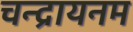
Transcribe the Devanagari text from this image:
चन्द्रायनम